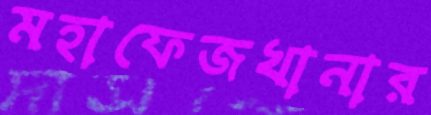
মহাফেজখানার